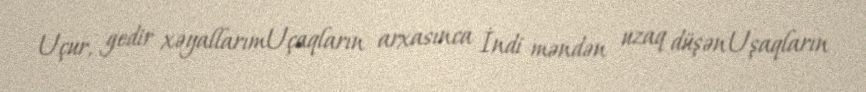
Uçur, gedir xəyallarımUçaqların arxasınca İndi məndən uzaq düşənUşaqların